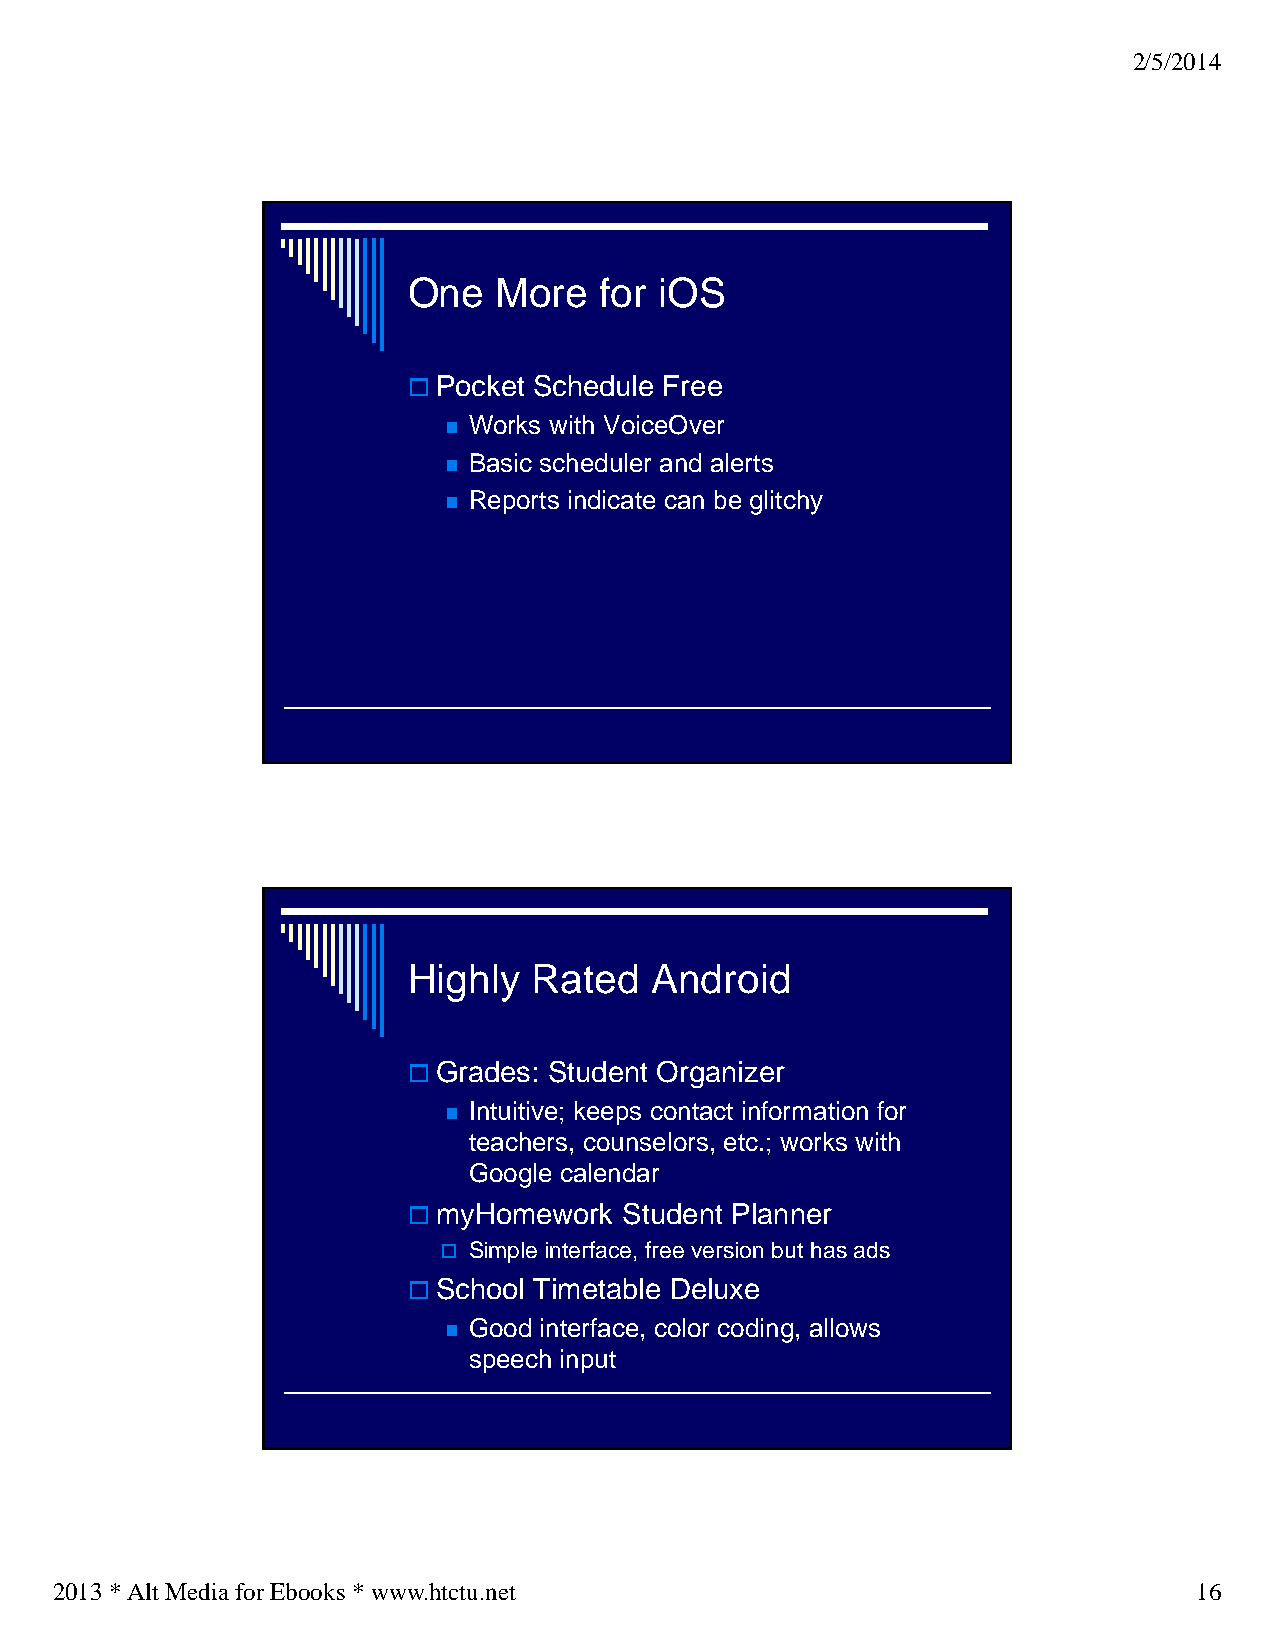
2/5/2014
 One   More   for iOS
 Pocket Schedule Free
  Works with VoiceOver
  Basic scheduler and alerts
  Reports indicate can be glitchy
 Highly  Rated   Android
 Grades: Student Organizer
  Intuitive; keeps contact information for
 teachers, counselors, etc.; works with
 Google calendar
 myHomework   Student Planner
  Simple interface, free version but has ads
 School Timetable Deluxe
  Good interface, color coding, allows
 speech input
 2013 * Alt Media for Ebooks * www.htctu.net                                16